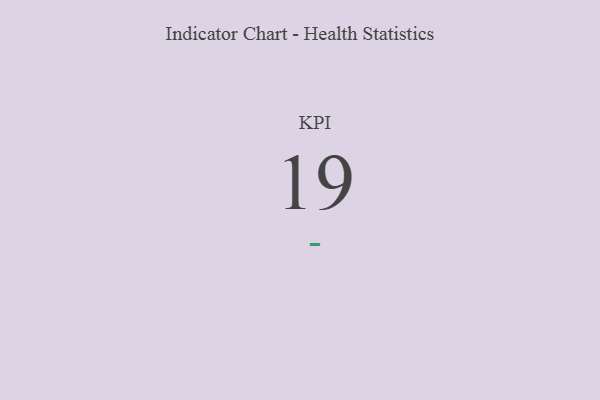
{"axis": {"x": "KPI", "y": "Value"}, "legend": [""], "data": [{"x": "KPI", "y": 19, "type": ""}]}